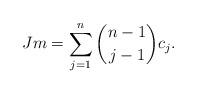
LaTeX: \begin{align*} Jm= \sum\limits_{j=1}^n \binom{n-1}{j-1} c_j.\end{align*}